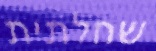
שחלתית